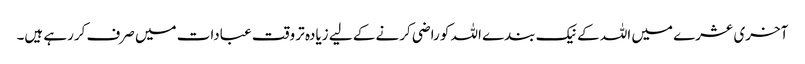
آخری عشرے میں اللہ کے نیک بندے اللہ کو راضی کرنے کے لیے زیادہ تر وقت عبادات میں صرف کررہے ہیں۔